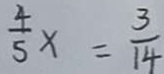
\frac { 4 } { 5 } x = \frac { 3 } { 1 4 }